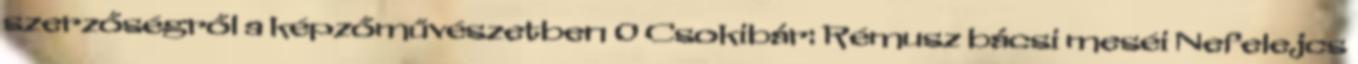
szerzőségről a képzőművészetben 0 Csokibár: Rémusz bácsi meséi Nefelejcs